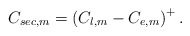
\begin{align*}C_{sec,m}=\left(C_{l,m}-C_{e,m}\right)^{+}.\end{align*}